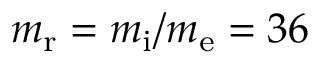
m _ { \mathrm { r } } = m _ { \mathrm { i } } / m _ { \mathrm { e } } = 3 6